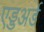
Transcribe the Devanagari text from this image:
एड्डअर्ड